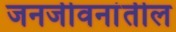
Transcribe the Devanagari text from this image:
जनजीवनांतील